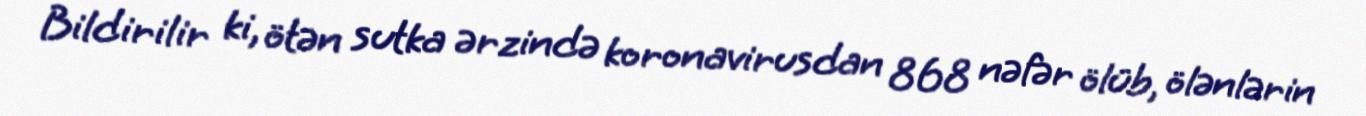
Bildirilir ki, ötən sutka ərzində koronavirusdan 868 nəfər ölüb, ölənlərin